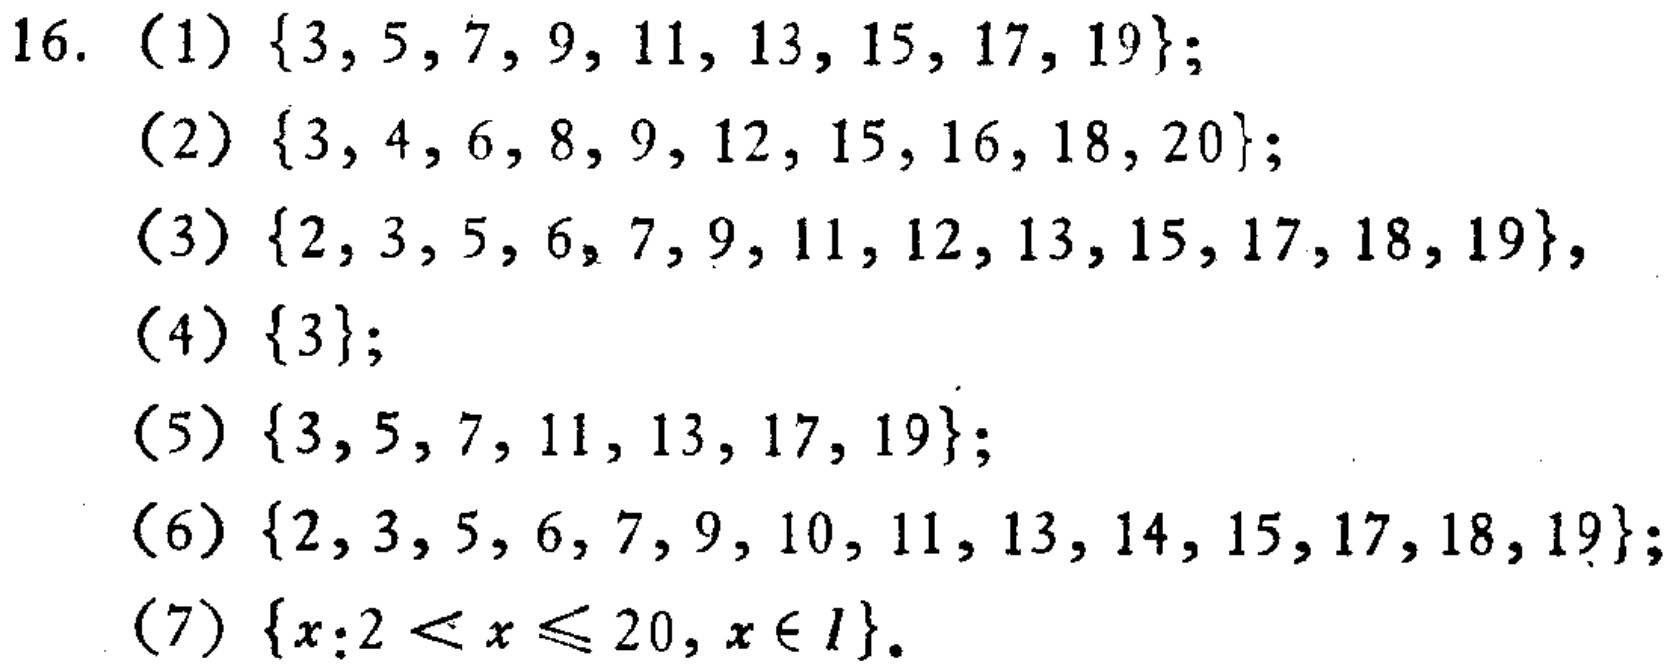
16.

(1) $\{3, 5, 7, 9, 11, 13, 15, 17, 19\}$;

(2) $\{3, 4, 6, 8, 9, 12, 15, 16, 18, 20\}$;

(3) $\{2, 3, 5, 6, 7, 9, 11, 12, 13, 15, 17, 18, 19\}$;

(4) $\{3\}$;

(5) $\{3, 5, 7, 11, 13, 17, 19\}$;

(6) $\{2, 3, 5, 6, 7, 9, 10, 11, 13, 14, 15, 17, 18, 19\}$;

(7) $\{x:2 < x \leq 20, x \in I\}$.